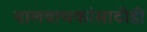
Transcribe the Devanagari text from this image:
बालवाचकांसाठीही